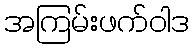
အကြမ်းဖက်ဝါဒ